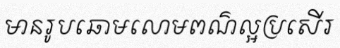
មានរូបឆោមលោមពណ៌ល្អប្រសើរ